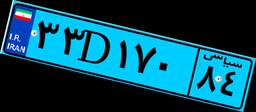
۳۳D۱۷۰۸۴